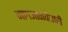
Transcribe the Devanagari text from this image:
नागजानवेधारी